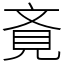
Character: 斍